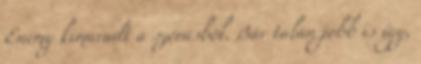
Enemy kimaradt a szórásból. Bár talán jobb is így,